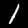
Label: 1